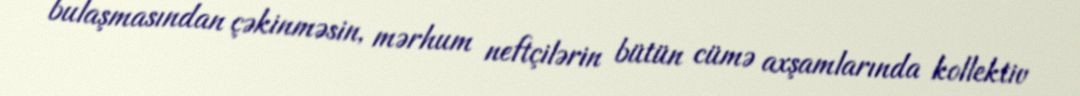
bulaşmasından çəkinməsin, mərhum neftçilərin bütün cümə axşamlarında kollektiv